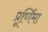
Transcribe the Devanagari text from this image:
प्रूर्णिमा